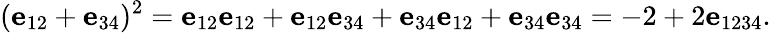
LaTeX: (\mathbf{e}_{12}+\mathbf{e}_{34})^{2}=\mathbf{e}_{12}\mathbf{e}_{12}+\mathbf{e}_{12}\mathbf{e}_{34}+\mathbf{e}_{34}\mathbf{e}_{12}+\mathbf{e}_{34}\mathbf{e}_{34}=-2+2\mathbf{e}_{1234}.